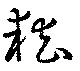
嵆